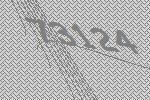
73124